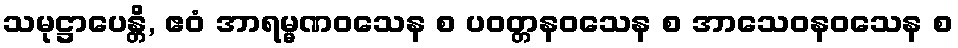
သမုဋ္ဌာပေန္တိ, ဧဝံ အာရမ္မဏဝသေန စ ပဝတ္တနဝသေန စ အာသေဝနဝသေန စ